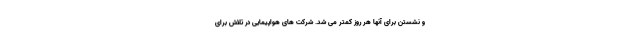
و نشستن برای آنها هر روز کمتر می شد. شرکت های هواپیمایی در تلاش برای